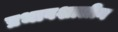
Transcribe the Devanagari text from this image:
प्रभावशालीन